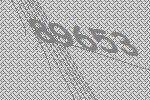
89653